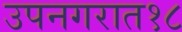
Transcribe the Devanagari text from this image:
उपनगरात१८